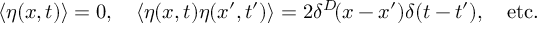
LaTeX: \langle \eta ( x , t ) \rangle = 0 , \quad \langle \eta ( x , t ) \eta ( x ^ { \prime } , t ^ { \prime } ) \rangle = 2 \delta ^ { D } \! ( x - x ^ { \prime } ) \delta ( t - t ^ { \prime } ) , \quad { \mathrm { e t c . } }